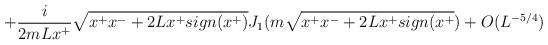
LaTeX: \begin{align*}+ {i \over 2 m L x^+} \sqrt{x^+x^- + 2Lx^+ sign (x^+)} J_1 (m \sqrt{x^+x^-+ 2Lx^+ sign(x^+}) + O(L^{-5/4})\end{align*}